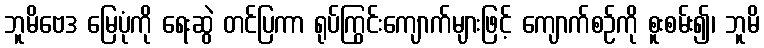
ဘူမိဗေဒ မြေပုံကို ရေးဆွဲ တင်ပြကာ ရုပ်ကြွင်းကျောက်များဖြင့် ကျောက်စဉ်ကို စူးစမ်း၍၊ ဘူမိ